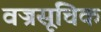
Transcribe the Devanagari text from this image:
वज्रसूचिक